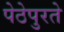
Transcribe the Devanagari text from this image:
पेठेपुरते